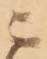
ニ